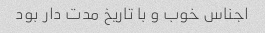
اجناس خوب و با تاریخ مدت دار بود